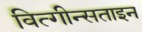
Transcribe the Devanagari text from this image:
वित्गीन्सताइन